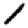
Digit: 1